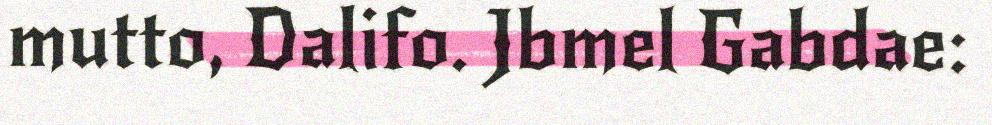
mutto, Dalifo. Jbmel Gabdae: